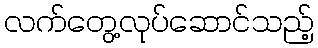
လက်တွေ့လုပ်ဆောင်သည့်